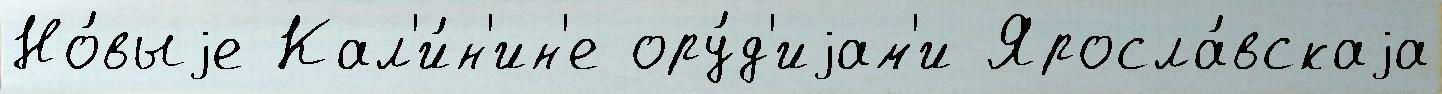
Но́выjе Кал'и́н'ин'е ору́д'иjам'и Яросла́вскаjа